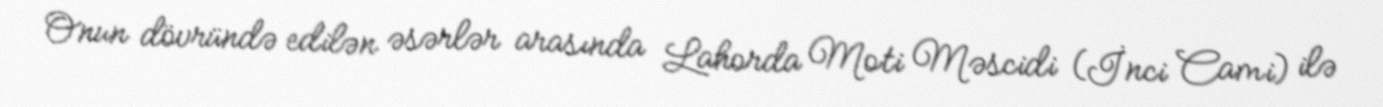
Onun dövründə edilən əsərlər arasında Lahorda Moti Məscidi (İnci Cami) ilə